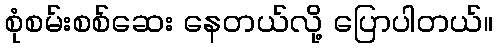
စုံစမ်းစစ်ဆေး နေတယ်လို့ ပြောပါတယ်။